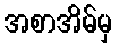
အစာအိမ်မှ